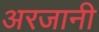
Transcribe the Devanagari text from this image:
अरजानी